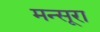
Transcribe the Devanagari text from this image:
मन्सूरा